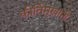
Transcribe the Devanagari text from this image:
कीर्तिमुखांनी